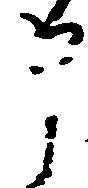
申